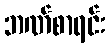
ဘဏ်စာရင်း